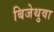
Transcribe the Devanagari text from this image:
बिजेथुवा